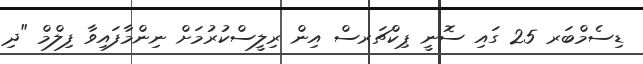
ޑިސެމްބަރ 25 ގައި ސޮނީ ޕިކްޗަރސް އިން ރިލީސްކުރުމަށް ނިންމާފައިވާ ފިލްމް "ދި